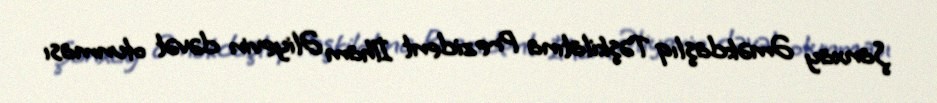
Şanxay Əməkdaşlıq Təşkilatına Prezident İlham Əliyevin dəvət olunması